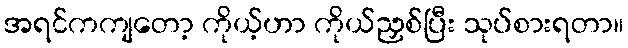
အရင်ကကျတော့ ကိုယ့်ဟာ ကိုယ်ညှစ်ပြီး သုပ်စားရတာ။